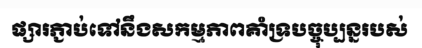
ផ្សារភ្ជាប់ទៅនឹងសកម្មភាពគាំទ្របច្ចុប្បន្នរបស់